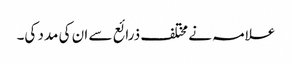
علامہ نے مختلف ذرائع سے ان کی مدد کی۔